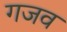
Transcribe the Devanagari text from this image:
गजव